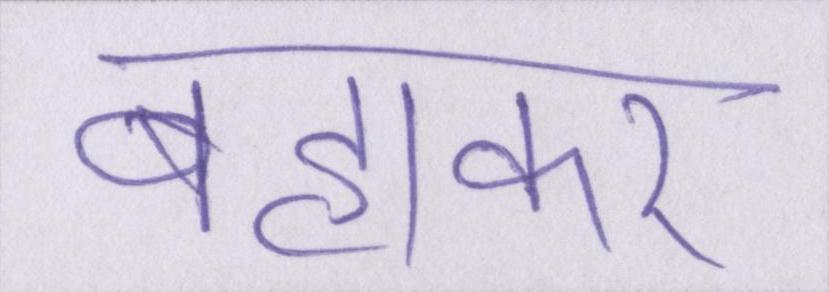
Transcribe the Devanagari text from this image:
बहाकर